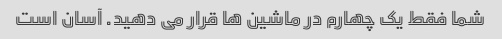
شما فقط یک چهارم در ماشین ها قرار می دهید. آسان است